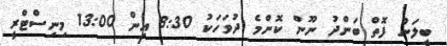
ބީލަން ފޮތް ބަންދު ނޫން ކޮންމެ ދުވަހަކު 8:30 އިން 13:00 މިނިސްޓްރީ